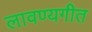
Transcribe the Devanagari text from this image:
लावण्यगीत